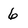
Character: 6